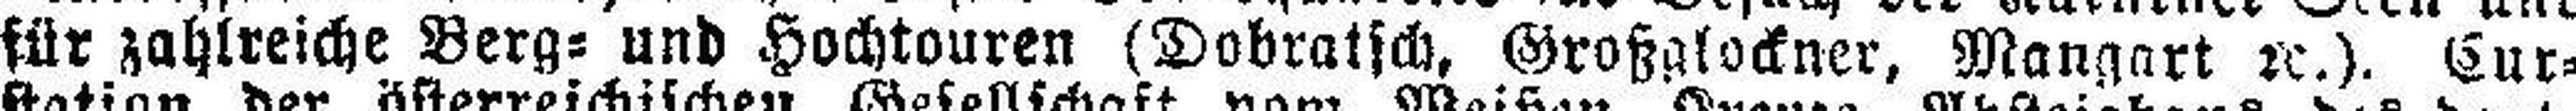
für zahlreiche Berg= und Hochtouren (Dobratsch, Großglockner, Mangart 2c.). Cur¬